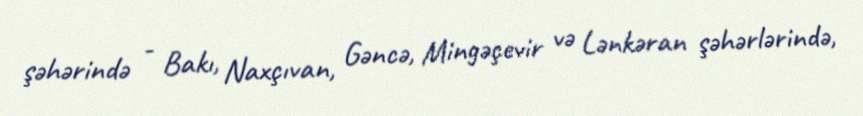
şəhərində - Bakı, Naxçıvan, Gəncə, Mingəçevir və Lənkəran şəhərlərində,